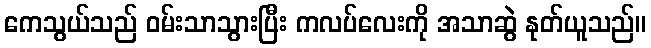
ကေသွယ်သည် ဝမ်းသာသွားပြီး ကလပ်လေးကို အသာဆွဲ နုတ်ယူသည်။